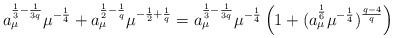
LaTeX: \begin{align*}a_{\mu}^{\frac 13 - \frac{1}{3q}} \mu^{-\frac14} + a_{\mu}^{\frac12 - \frac 1q} \mu^{-\frac 12 + \frac 1q}= a_{\mu}^{\frac 13 - \frac{1}{3q}} \mu^{-\frac14} \left(1 + (a_\mu^{\frac 16} \mu^{-\frac 14} )^\frac{q-4}{q}\right)\end{align*}